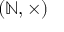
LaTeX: ( \mathbb { N } , \times )